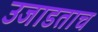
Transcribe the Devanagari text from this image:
उजाडताच